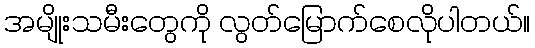
အမျိုးသမီးတွေကို လွတ်မြောက်စေလိုပါတယ်။